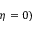
\eta = 0 )